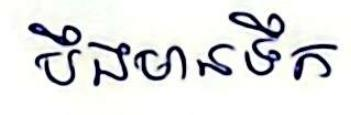
បឹងមានទឹក